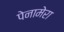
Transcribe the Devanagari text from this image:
पेनामेरा